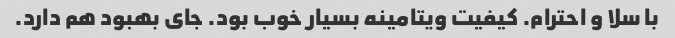
با سلا و احترام. کیفیت ویتامینه بسیار خوب بود. جای بهبود هم دارد.